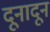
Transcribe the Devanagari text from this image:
दूनादून